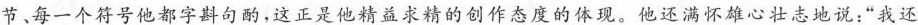
节、每一个符号他都字斟句酌，这正是他精益求精的创作态度的体现，他还满怀雄心壮志地说：”我还